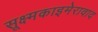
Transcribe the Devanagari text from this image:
सूक्ष्मकाइमेरावाद